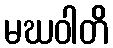
မဃဝါတိ